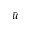
\bar { u }